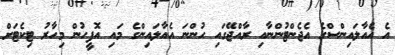
އެ އެއާލައިންސްގެ އެޖެންޓުންނާއި ރާއްޖޭގައި ހުންނަ އެއާލައިންގެ މައި އޮފީހުން މިހާރު ޓިކެޓަށް